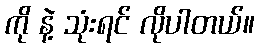
ကို နဲ့ သုံးရင် လိုပါတယ်။